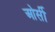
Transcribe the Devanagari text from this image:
ओर्सी